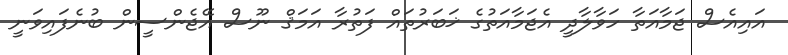
އައިއެސް ޖަމާއަތާ ހަވާލާދީ އެޖަމާއަތުގެ ޚަބަރުތައް ފަތުރާ އަމަޤް ނޫސް އޭޖެންސީން ބުނެފައިވަނީ